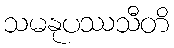
သမနုပဿသီတိ